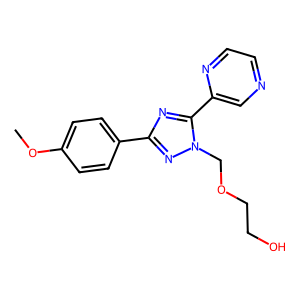
SMILES: COc1ccc(-c2nc(-c3cnccn3)n(COCCO)n2)cc1
Inhibits HIV replication: No